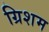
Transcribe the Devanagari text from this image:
ग्रिशम